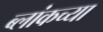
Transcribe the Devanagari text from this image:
ब्लांकच्या